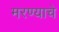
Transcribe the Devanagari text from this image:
मरण्याचे